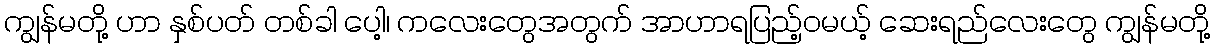
ကျွန်မတို့ ဟာ နှစ်ပတ် တစ်ခါ ပေါ့၊ ကလေးတွေအတွက် အာဟာရပြည့်ဝမယ့် ဆေးရည်လေးတွေ ကျွန်မတို့